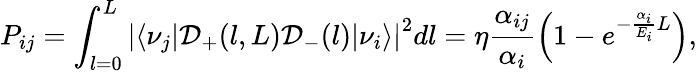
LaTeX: P_{ij}=\int_{l=0}^{L}\left|\left<\nu_{j}|\mathcal{D}_{+}(l,L)\mathcal{D}_{-}(l)|\nu_{i}\right>\right|^{2}dl=\eta\frac{\alpha_{ij}}{\alpha_{i}}\left(1-e^{-\frac{\alpha_{i}}{E_{i}}L}\right),